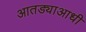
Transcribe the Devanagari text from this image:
आतड्याआधी